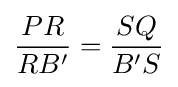
{\dfrac {PR}{RB'}}={\dfrac {SQ}{B'S}}